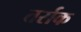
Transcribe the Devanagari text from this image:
तर्राक